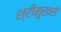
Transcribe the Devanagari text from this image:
श्रीमुखसे